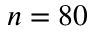
n = 8 0